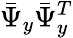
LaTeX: \bar{\Psi}_{y}\bar{\Psi}_{y}^{T}